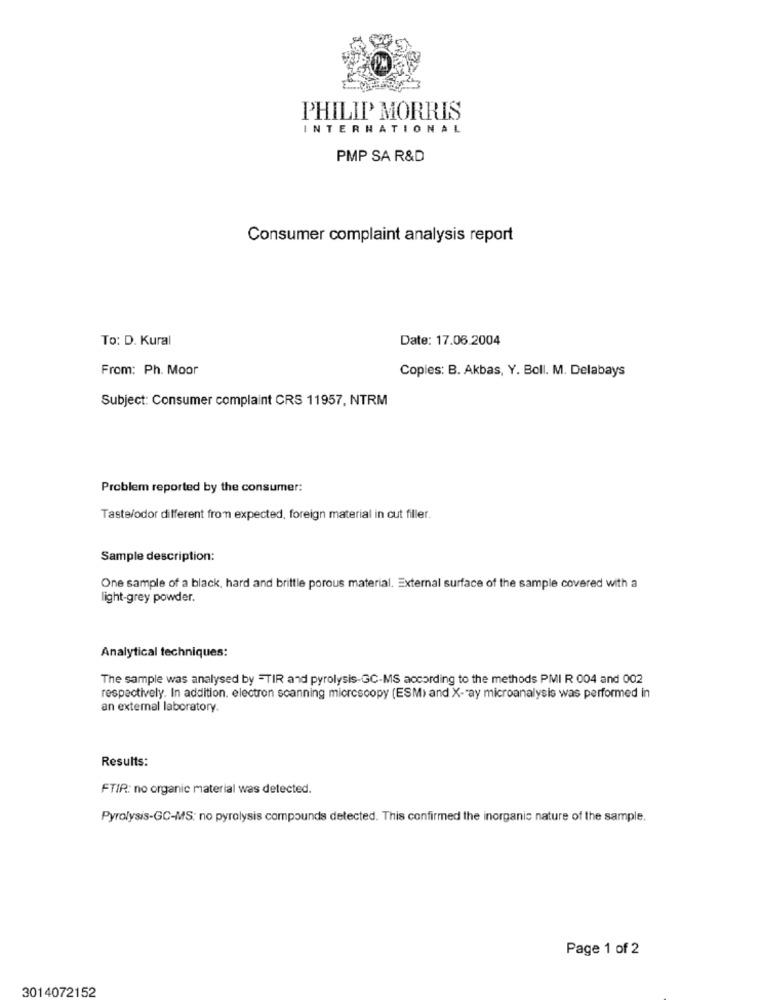
PHILIP MORRIS
INTERNATIONAL
PMP SA R&D
Consumer complaint analysis report
To: D. Kural
Date: 17.06.2004
From: Ph. Moor
Copies: B. Akbas, Y. Boll. M. Delabays
Subject: Consumer complaint CRS 11957, NTRM
Problem reported by the consumer:
Taste/odor different from expected, foreign material in cut filler.
Sample description:
One sample of a black, hard and brittle porous material. External surface of the sample covered with a
light-grey powder.
Analytical techniques:
The sample was analysed by =TIR and pyrolysis-GC-MS according to the methods PMI R 004 and 002
respectively. In addition. electron scanning microscopy (ESM) and X-ray microanalysis was performed in
an external laboratory.
Results:
FTIR: no organic material was detected.
Pyrolysis-GC-MS: no pyrolysis compounds detected. This confirmed the inorganic nature of the sample.
Page 1 of 2
3014072152